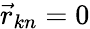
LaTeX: \vec{r}_{kn}=0